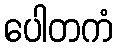
ပေါတကံ